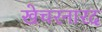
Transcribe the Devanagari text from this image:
खेचरनारद